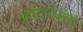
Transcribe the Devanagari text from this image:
सुधारणांमधे